Lunatic asylums Central Provinces reports 1895-1909 - 1895-1909
Year: 1895
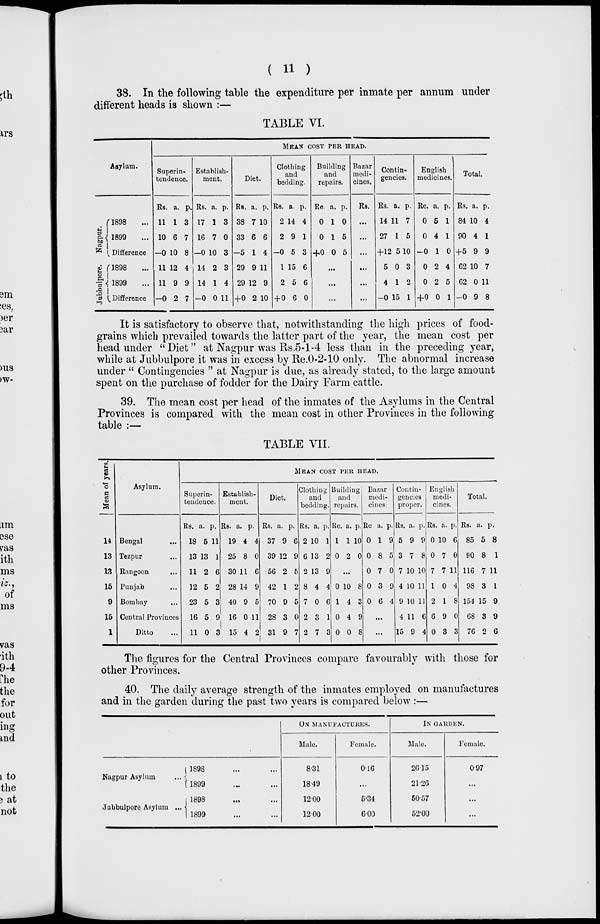
( 11 )
38. In the following table the expenditure per inmate per annum under
different heads is shown :—
TABLE VI.
Asylum.
Nagpur.
Jubbulpore.
1898 ...
1899 ...
Difference
1898 ...
1899 ...
Difference
MEAN COST PER HEAD.
Superin-
tendence.
Rs.
11
10
-0
11
11
-0
a.
1
6
10
12
9
2
p.
3
7
8
4
9
7
Establish-
ment.
Rs.
17
16
-0
14
14
-0
a.
1
7
10
2
1
0
p.
3
0
3
3
4
11
Diet.
Rs.
38
33
-5
29
29
+0
a.
7
6
1
9
12
2
p.
10
6
4
11
9
10
Clothing
and
bedding.
Rs.
2
2
-0
1
2
+ 0
a.
14
9
5
15
5
6
p.
4
1
3
6
6
0
Building
and
repairs.
Re.
0
0
+0
a.
1
1
0
p.
0
5
6
...
...
...
Bazar
medi-
cines.
Rs.
...
...
...
...
...
...
Contin-
gencies.
Rs.
14
27
+12
5
4
-0
a.
11
1
5
0
1
15
p.
7
5
10
3
2
1
English
medicines.
Re.
0
0
-0
0
0
+0
a.
5
4
1
2
2
0
p.
1
1
0
4
5
1
Total.
Rs.
84
90
+5
62
62
-0
a.
10
4
9
10
0
9
p.
4
1
9
7
11
8
It is satisfactory to observe that, notwithstanding the high prices of food-
grains which prevailed towards the latter part of the year, the mean cost per
head under "Diet" at Nagpur was Rs.5-1-4 less than in the preceding year,
while at Jubbulpore it was in excess by Re.0-2-10 only. The abnormal increase
under " Contingencies " at Nagpur is due, as already stated, to the large amount
spent on the purchase of fodder for the Dairy Farm cattle.
39. The mean cost per head of the inmates of the Asylums in the Central
Provinces is compared with the mean cost in other Provinces in the following
table :—
TABLE VII.
Mean of years.
14
13
13
15
9
15
1
Asylum.
Bengal ...
Tezpur ...
Rangoon ...
Punjab ...
Bombay ...
Central Provinces
Ditto ...
MEAN COST PER HEAD.
Superin-
tendence.
Rs.
18
13
11
12
23
16
11
a.
5
13
2
5
5
5
0
p.
11
1
6
2
3
9
3
Establish-
ment.
Rs.
19
25
30
28
40
16
15
a.
4
8
11
14
9
0
4
p.
4
0
6
9
5
11
2
Diet.
Rs.
37
39
56
42
70
28
31
a.
9
12
2
1
9
3
9
p.
6
9
5
2
5
0
7
Clothing
and
bedding.
Rs
2
6
2
8
7
2
2
a.
10
13
13
4
0
3
7
p.
1
2
9
4
6
1
3
Building
and
repairs.
Re.
1
0
a.
1
2
p.
10
0
...
0
1
0
0
10
4
4
0
8
3
9
8
Bazar
medi-
cines.
Re
0
0
0
0
0
a.
1
8
7
3
6
p.
9
5
0
9
4
...
...
Contin-
gencies
proper.
Rs
5
3
7
4
9
4
15
a.
9
7
10
10
10
11
9
p.
9
8
10
11
11
6
4
English
medi-
cines.
Rs.
0
0
7
1
2
6
0
a.
10
7
7
0
1
9
3
p.
6
0
11
4
8
0
3
Total.
Rs.
85
90
116
98
154
68
76
a.
5
8
7
3
15
3
2
p.
8
1
11
1
9
9
6
The figures for the Central Provinces compare favourably with those for
other Provinces.
40. The daily average strength of the inmates employed on manufactures
and in the garden during the past two years is compared below :—
Nagpur Asylum
...
Jubbulpore Asylum ...
1898 ... ...
1899 ... ...
1898 ... ...
1899 ... ...
ON MANUFACTURES.
Male.
8.31
18.49
12.00
12.00
Female.
0.16
...
5.34
6.00
IN GARDEN.
Male.
26.15
21.26
50.57
52.00
Female.
0.97
...
...
...